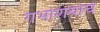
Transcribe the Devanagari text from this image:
गर्भाशयाचं